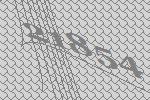
21854